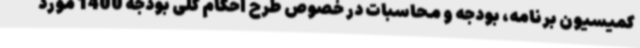
کمیسیون برنامه، بودجه و محاسبات در خصوص طرح احکام کلی بودجه 1400 مورد